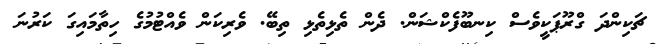
ޗަކިންދަ ގްރޫޕަކީވެސް ކިނބޫފެކްޝަން. ދެން ތެޅިތެޅި ތިބޭ. ވެރިކަން ވެއްޓުމުގެ ހިތާމައިގަ ކަރުނަ